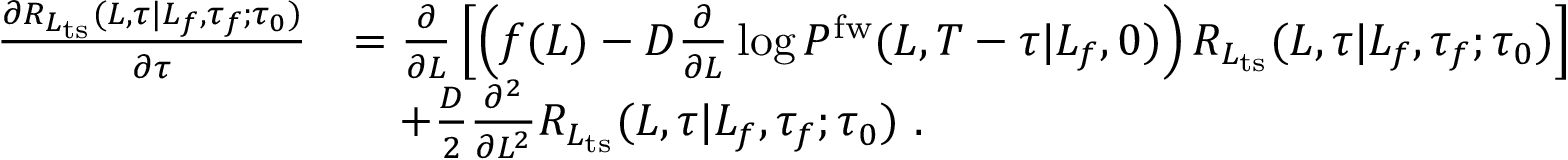
\begin{array} { r l } { \frac { \partial R _ { L _ { \mathrm { t s } } } ( L , \tau | L _ { f } , \tau _ { f } ; \tau _ { 0 } ) } { \partial \tau } } & { = \frac { \partial } { \partial L } \left[ \left( f ( L ) - D \frac { \partial } { \partial L } \log P ^ { \mathrm { f w } } ( L , T - \tau | L _ { f } , 0 ) \right) R _ { L _ { \mathrm { t s } } } ( L , \tau | L _ { f } , \tau _ { f } ; \tau _ { 0 } ) \right] } \\ & { \ \ \ + \frac { D } { 2 } \frac { \partial ^ { 2 } } { \partial L ^ { 2 } } R _ { L _ { \mathrm { t s } } } ( L , \tau | L _ { f } , \tau _ { f } ; \tau _ { 0 } ) \ . } \end{array}